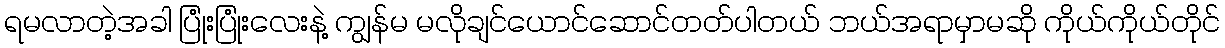
ရမလာတဲ့အခါ ပြုံးပြုံးလေးနဲ့ ကျွန်မ မလိုချင်ယောင်ဆောင်တတ်ပါတယ် ဘယ်အရာမှာမဆို ကိုယ်ကိုယ်တိုင်